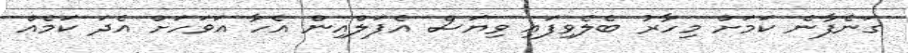
ގަނެފާނެ ކަމަށް މިހާރު ބެލެވިފައި ވިޔަސް އެޕަލްއިން އެހާ އަވަހަށް އެދަ ކަމެއް